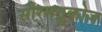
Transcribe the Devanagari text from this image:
सीरमग्लूकोज़